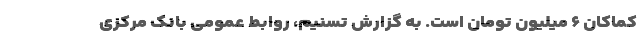
کماکان ۶ میلیون تومان است. به گزارش تسنیم، روابط عمومی بانک مرکزی